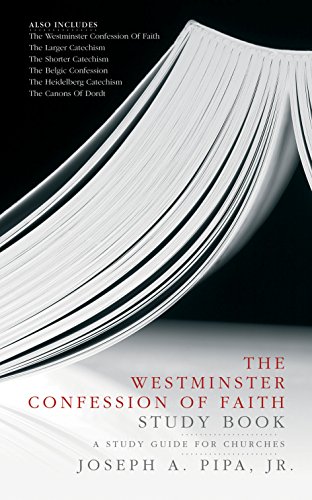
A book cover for The Westminster Confession of Faith Study Book: A Study Guide for Churches; Joseph A. Pipa Jr.; Christian Books & Bibles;